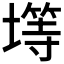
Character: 𫮨